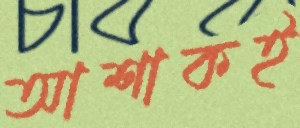
আশাকই